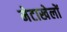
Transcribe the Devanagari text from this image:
मेटाखेलों